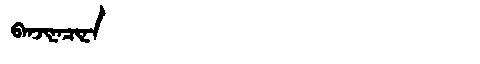
Manchu: ᠪᠠᠨᠵᡳᠨᠠᠴᡳᠨᠠ
Romanization: BANJINACINA